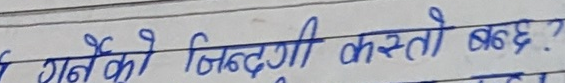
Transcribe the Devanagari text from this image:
गैलेको जिन्दगी कस्तो बछ?